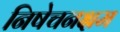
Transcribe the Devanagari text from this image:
निषेचनक्षम